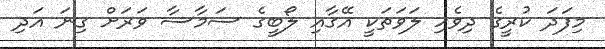
މިފަދަ ކުރީގެ ދިވެހި ލަވަތަކީ އޭގާއި ލޯބީގެ ސަމާސާ ވަރަށް ގިނަ އަދި